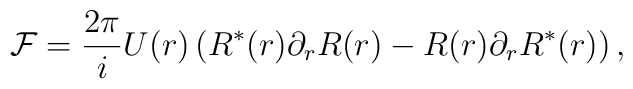
{\cal F} = \frac{2\pi}{i}U(r)\left(R^{\ast}(r)\partial_{r}R(r) - R(r)\partial_{r}R^{\ast}(r)\right),